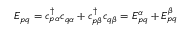
\begin{array} { r } { E _ { p q } = c _ { p \alpha } ^ { \dagger } c _ { q \alpha } + c _ { p \beta } ^ { \dagger } c _ { q \beta } = E _ { p q } ^ { \alpha } + E _ { p q } ^ { \beta } } \end{array}